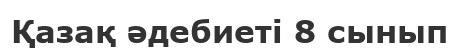
Қазақ әдебиеті 8 сынып